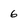
Character: 6